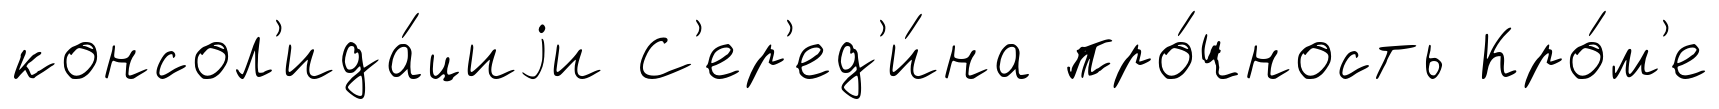
консол'ида́циjи С'ер'ед'и́на про́чность Кро́м'е